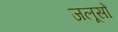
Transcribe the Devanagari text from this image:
जलूसों